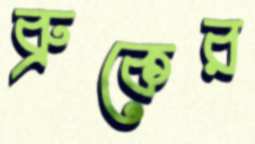
ব্রুকের